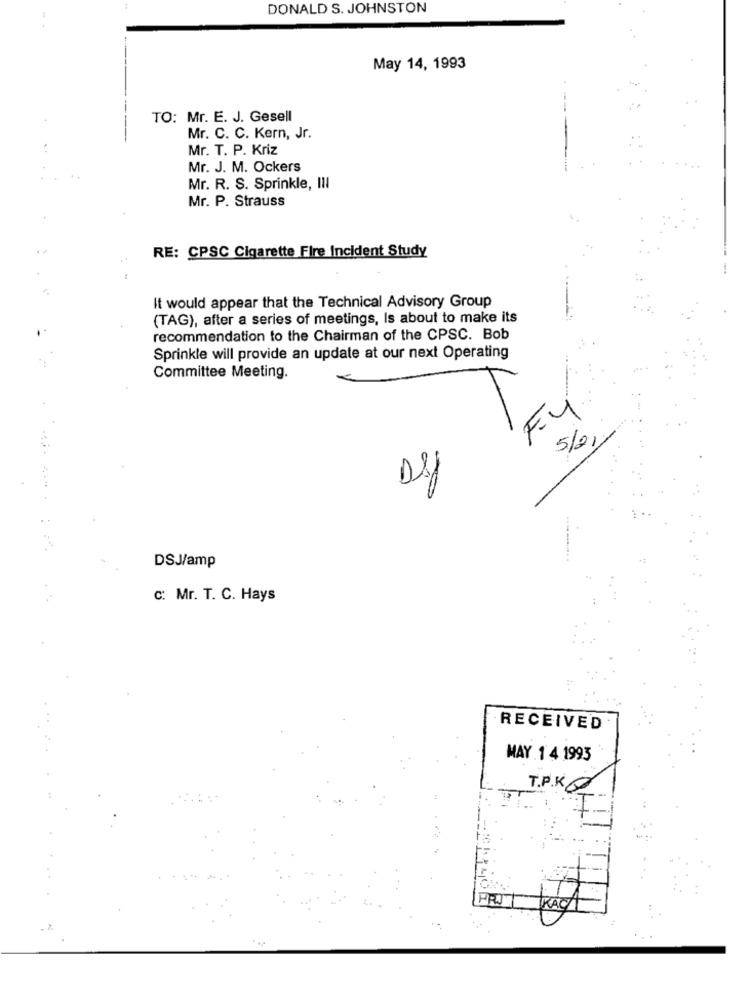
DONALD S. JOHNSTON
May 14, 1993
TO: Mr. E. J. Gesell
Mr. C. C. Kern, Jr.
Mr. T. P. Kriz
Mr. J. M. Ockers
Mr. R. S. Sprinkle, Ill
Mr. P. Strauss
RE: CPSC Cigarette Fire Incident Study
It would appear that the Technical Advisory Group
(TAG), after a series of meetings, Is about to make its
recommendation to the Chairman of the CPSC. Bob
Sprinkle will provide an update at our next Operating
Committee Meeting.
F4
5/21/
Ds
DSJ/amp
c: Mr. T. C. Hays
RECEIVED
MAY 1 4 1993
T.P.KG